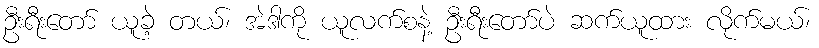
ဦးရီးတော် ယူခဲ့ တယ်၊ အဲဒါကို ယူလက်စနဲ့ ဦးရီးတော်ပဲ ဆက်ယူထား လိုက်မယ်၊